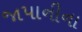
જાપાનીના